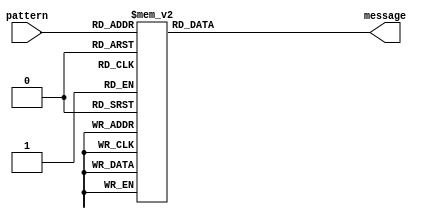



module representation(input [5:0] pattern, output reg [6:0] message);
   
    always @(*)
        case (pattern)
            6'b000000: message = 7'd0;
            6'b000010: message = 7'd1;
            6'b000100: message = 7'd2;
            6'b000110: message = 7'd3;
            6'b001000: message = 7'd4;
            6'b001010: message = 7'd5;
            6'b001100: message = 7'd6;
            6'b001110: message = 7'd7;
            6'b010000: message = 7'd8;
            6'b010010: message = 7'd9;
            6'b000001: message = 7'd10;
            6'b000011: message = 7'd11;
            6'b000101: message = 7'd12;
            6'b000111: message = 7'd13;
            6'b001001: message = 7'd14;
            6'b001011: message = 7'd15;
            6'b001101: message = 7'd16;
            6'b001111: message = 7'd17;
            6'b010001: message = 7'd18;
            6'b010011: message = 7'd19;
            6'b100000: message = 7'd20;
            6'b100010: message = 7'd21;
            6'b100100: message = 7'd22;
            6'b100110: message = 7'd23;
            6'b101000: message = 7'd24;
            6'b101010: message = 7'd25;
            6'b101100: message = 7'd26;
            6'b101110: message = 7'd27;
            6'b110000: message = 7'd28;
            6'b110010: message = 7'd29;
            6'b100001: message = 7'd30;
            6'b100011: message = 7'd31;
            6'b100101: message = 7'd32;
            6'b100111: message = 7'd33;
            6'b101001: message = 7'd34;
            6'b101011: message = 7'd35;
            6'b101101: message = 7'd36;
            6'b101111: message = 7'd37;
            6'b110001: message = 7'd38;
            6'b110011: message = 7'd39;
            default: message = 7'b0000000;
        endcase
        
endmodule